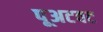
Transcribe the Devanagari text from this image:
पूअटवट